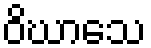
ဝိဃာသေ